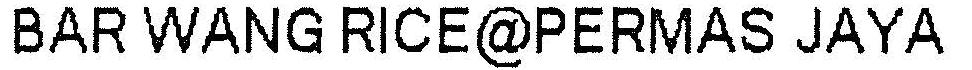
BAR WANG RICE@PERMAS JAYA